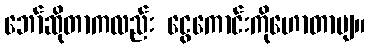
ဘော်ဆိုတာကလည်း ငွေကောင်းကိုဟောတာဗျ။